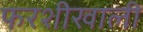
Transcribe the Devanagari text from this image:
फरशीखाली